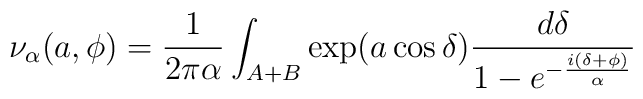
\nu_{\alpha}(a,\phi) = {1\over {2\pi\alpha}}\int_{A+B} \exp ( a\cos \delta ) {{d\delta}\over{1-e^{-{{i(\delta +\phi)}\over\alpha}}}}